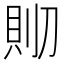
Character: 𰄹